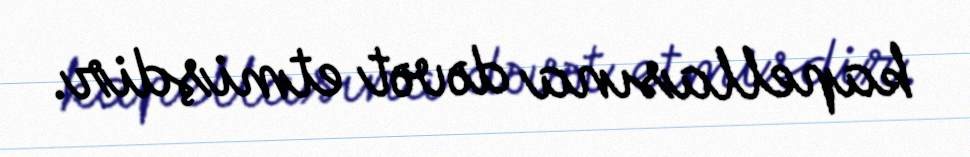
kapellasına dəvət etmişdir.